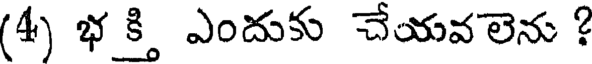
(4) భ క్తి ఎందుకు చేయవలెను ?